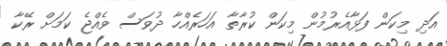
އަދި މިކަން ފަޅާއެރުމުން މިކަން ކުރާތާ އަހަރެއްހާ ދުވަސް ވެއްޖެ ކަމަށް ރޭކާ